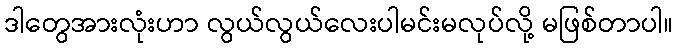
ဒါတွေအားလုံးဟာ လွယ်လွယ်လေးပါမင်းမလုပ်လို့ မဖြစ်တာပါ။